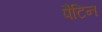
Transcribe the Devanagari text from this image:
पैटिन